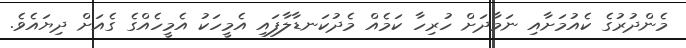
މެންދުރުގެ ކެއުމަށާއި ނަމާދަށް ހުރިހާ ކަމެއް މެދުކަނޑާލާފައި އެމީހަކު އެމީހެއްގެ ގެއަށް ދިޔައެވެ.